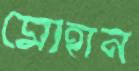
মোহান